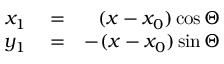
\begin{array} { r l r } { x _ { 1 } } & { { } = } & { ( x - x _ { 0 } ) \cos \Theta } \\ { y _ { 1 } } & { { } = } & { - ( x - x _ { 0 } ) \sin \Theta } \end{array}